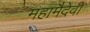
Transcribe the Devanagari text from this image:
महामैदेवी